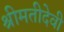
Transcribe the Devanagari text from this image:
श्रीमतीदेवी